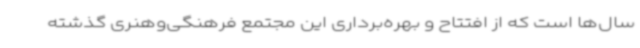
سال‌ها است که از افتتاح و بهره‌برداری این مجتمع فرهنگی‌وهنری گذشته